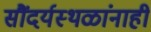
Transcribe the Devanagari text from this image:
सौंदर्यस्थळांनाही